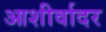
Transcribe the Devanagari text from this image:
आशीर्वादर